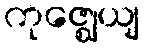
ကုဇ္ဈေယျ